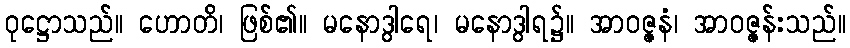
ဝုဋ္ဌောသည်။ ဟောတိ၊ ဖြစ်၏။ မနောဒွါရေ၊ မနောဒွါရ၌။ အာဝဇ္ဇနံ၊ အာဝဇ္ဇန်းသည်။